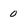
Character: 0